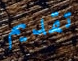
تقديم